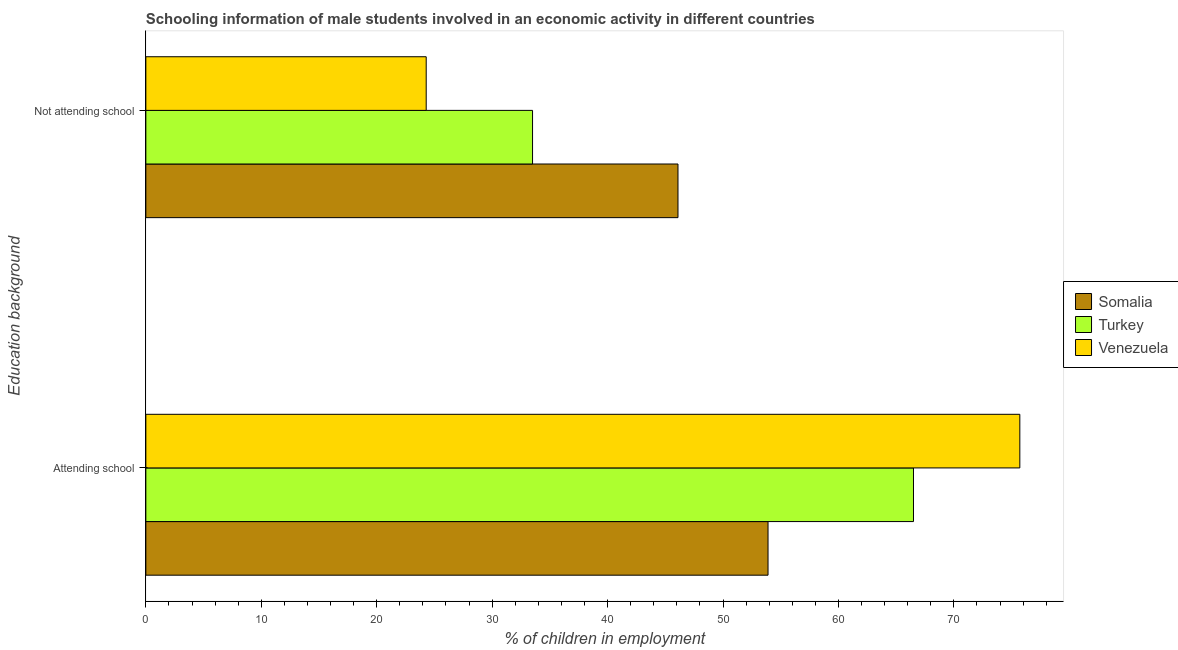
| Education background | Somalia | Turkey | Venezuela |
 | --- | --- | --- | --- |
 | Attending school | 53.9 | 66.5 | 75.7 |
 | Not attending school | 46.1 | 33.5 | 24.3 |